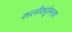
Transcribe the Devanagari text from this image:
कालीकर्पूरस्तव